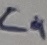
Text: C4